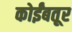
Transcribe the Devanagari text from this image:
कोईंबतूर